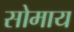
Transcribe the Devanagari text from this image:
सोमाय